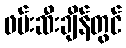
ဖမ်းဆီးချိန်တွင်